Vaccination in Bombay 1863-1868 - 1863-1868
Year: 1863
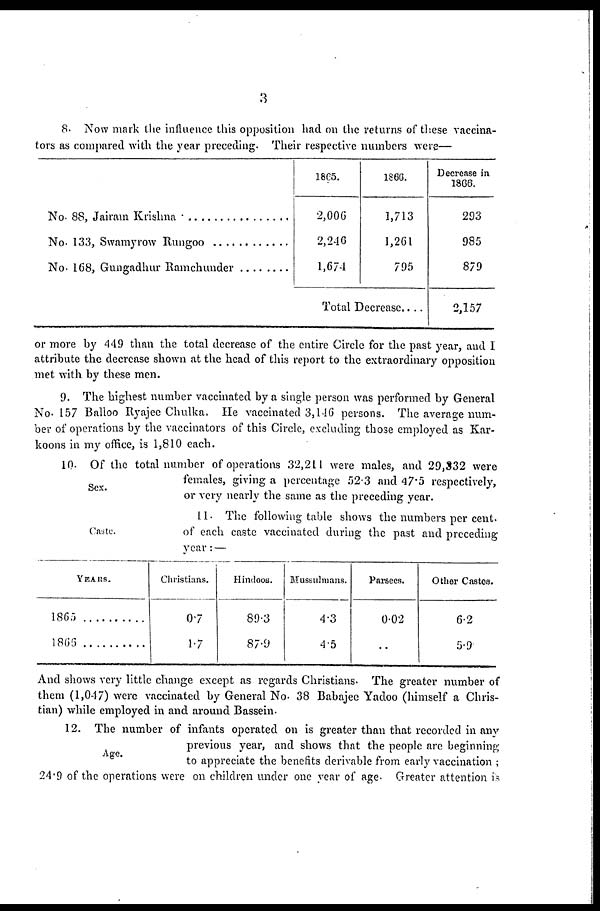
3
8. Now mark the influence this opposition had on the returns of these vaccina-
tors as compared with the year preceding. Their respective numbers were—
No. 88, Jairam Krisna ...................
No. 133, Swamyrow Rungoo ............
No. 168, Gungadhur Ramchunder ........
1865.
2,006
2,246
1,674
1866.
1,713
1,261
795
Total Decrease....
Decrease in
1866.
293
985
879
2,157
or more by 449 than the total decrease of the entire Circle for the past year, and I
attribute the decrease shown at the head of this report to the extraordinary opposition
met with by these men.
9. The highest number vaccinated by a single person was performed by General
No. 157 Balloo Ryajee Chulka. He vaccinated 3,146 persons. The average num-
ber of operations by the vaccinators of this Circle, excluding those employed as Kar-
koons in my office, is 1,810 each.
Sex.
10. Of the total number of operations 32,211 were males, and 29,332 were
females, giving a percentage 52.3 and 47.5 respectively,
or very nearly the same as the preceding year.
Caste.
11. The following table shows the numbers per cent.
of each caste vaccinated during the past and preceding
year : —
YEARS.
1865
1866
Christians.
0.7
1.7
Hindoos.
89.3
87.9
Mussulmans.
4.3
4.5
Parsees.
0.02
..
Other Castes.
6.2
5.9
And shows very little change except as regards Christians. The greater number of
them (1,047) were vaccinated by General No. 38 Babajee Yadoo (himself a Chris-
tian) while employed in and around Bassein.
Age.
12. The number of infants operated on is greater than that recorded in any
previous year, and shows that the people are beginning;
to appreciate the benefits derivable from early vaccination ;
24.9 of the operations were on children under one year of age. Greater attention is